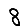
Digit: 8